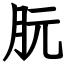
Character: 朊